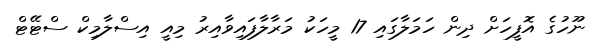
ނޫހުގެ އޮފީހަށް ދިން ހަމަލާގައި 17 މީހަކު މަރާލާފައިވާއިރު މިއީ އިސްލާމިކް ސްޓޭޓް